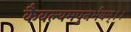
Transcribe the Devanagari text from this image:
कैवल्यमपुनर्भवम्‌।।